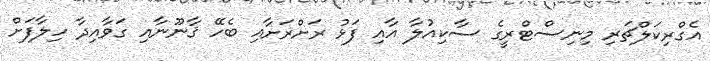
އެގްރިކަލްޗަރި މިނިސްޓްރީގެ ސާކިއުލާ އާއި ފަޅު ރަށްރަށާއި ބެހޭ ޤާނޫނާއި ގަވާއިދާ ހިލާފަށް